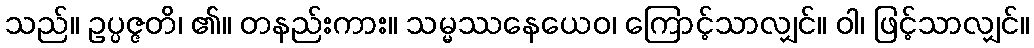
သည်။ ဥပ္ပဇ္ဇတိ၊ ၏။ တနည်းကား။ သမ္မဿနေယေဝ၊ ကြောင့်သာလျှင်။ ဝါ၊ ဖြင့်သာလျှင်။